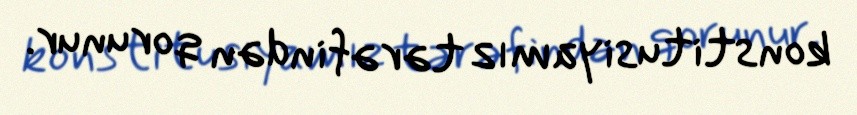
konstitusiyamız tərəfindən qorunur.